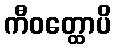
ကီဝတ္ထောပိ